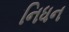
નિધન